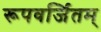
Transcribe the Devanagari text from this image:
रूपवर्जितम्